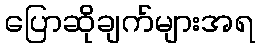
ပြောဆိုချက်များအရ